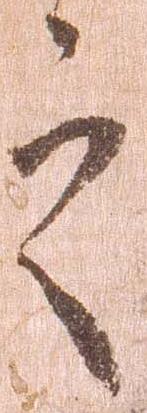
之